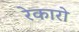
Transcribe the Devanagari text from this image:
रेकारो